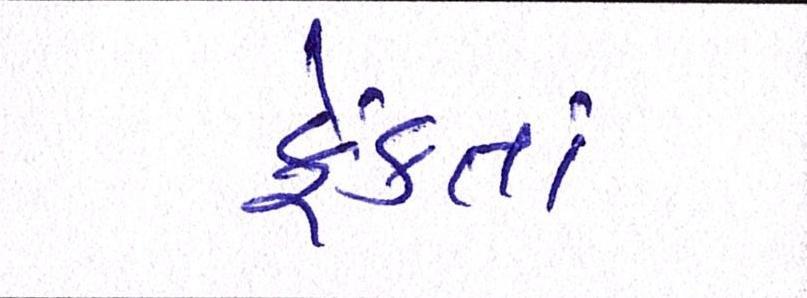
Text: ફેંકતાં